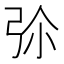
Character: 𢏏